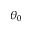
\theta _ { 0 }